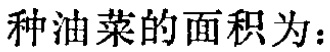
种油菜的面积为：